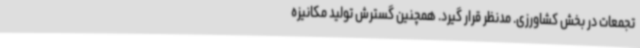
تجمعات در بخش کشاورزی. مدنظر قرار گیرد. همچنین گسترش تولید مکانیزه